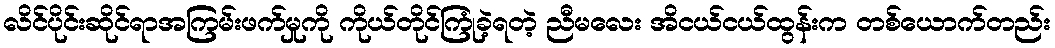
လိင်ပိုင်းဆိုင်ရာအကြမ်းဖက်မှုကို ကိုယ်တိုင်ကြုံခဲ့ရတဲ့ ညီမလေး အိငယ်ငယ်ထွန်းက တစ်ယောက်တည်း